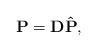
LaTeX: \begin{align*}{\bf P}={\bf D}{\bf\hat P}, \end{align*}